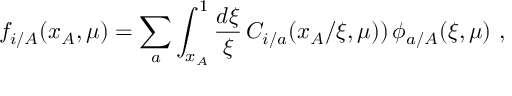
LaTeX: f _ { i / A } ( x _ { A } , \mu ) = \sum _ { a } \int _ { x _ { A } } ^ { 1 } \frac { d \xi } { \xi } \, C _ { i / a } ( x _ { A } / \xi , \mu ) ) \, \phi _ { a / A } ( \xi , \mu ) \, \, ,